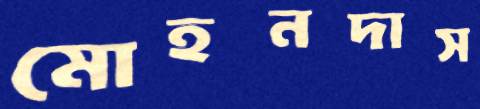
মোহনদাস